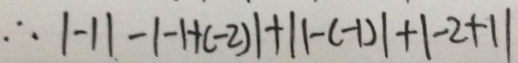
\therefore \vert - 1 \vert - \vert - 1 + ( - 2 ) \vert + \vert 1 - ( - 1 ) \vert + \vert - 2 + 1 \vert